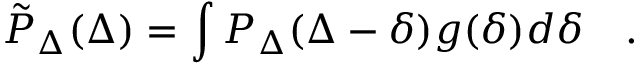
\tilde { P } _ { \Delta } ( \Delta ) = \int P _ { \Delta } ( \Delta - \delta ) g ( \delta ) d \delta \quad .